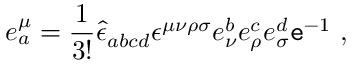
e _ { a } ^ { \mu } = \frac { 1 } { 3 ! } \hat { \epsilon } _ { a b c d } \epsilon ^ { \mu \nu \rho \sigma } e _ { \nu } ^ { b } e _ { \rho } ^ { c } e _ { \sigma } ^ { d } { \tt e } ^ { - 1 } ~ ,